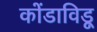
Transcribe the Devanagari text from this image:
कोंडाविडू